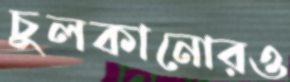
চুলকানোরও